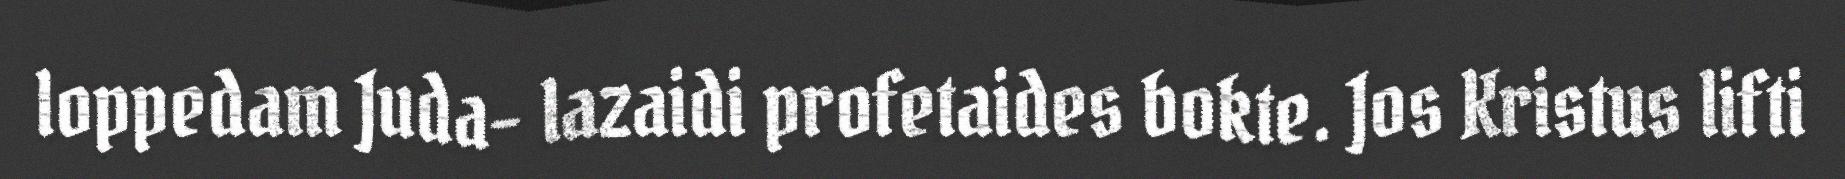
loppedam Juda- lazaidi profetaides bokte. Jos Kristus lifti